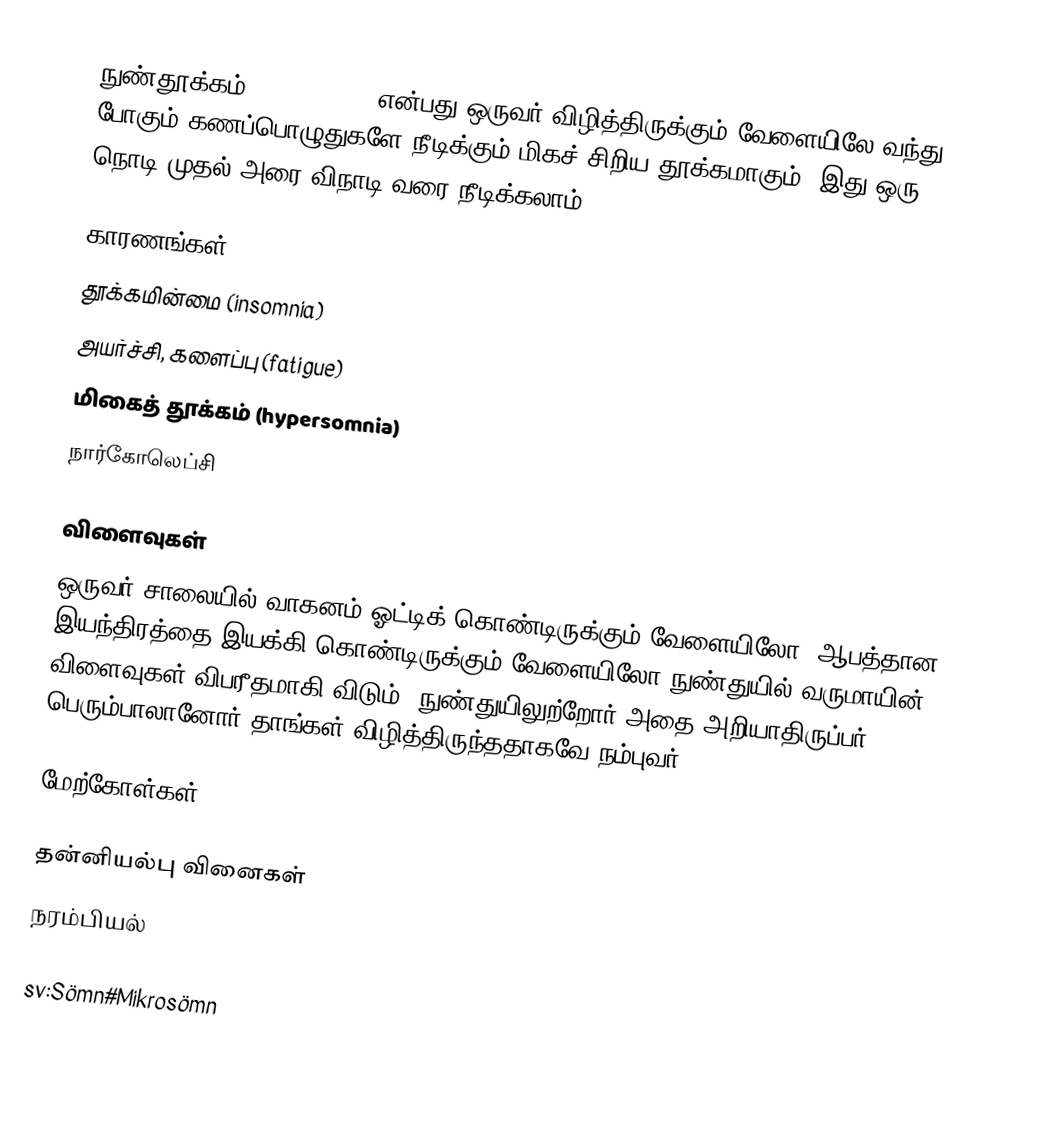
நுண்தூக்கம் (microsleep) என்பது ஒருவர் விழித்திருக்கும் வேளையிலே வந்து போகும் கணப்பொழுதுகளே நீடிக்கும் மிகச் சிறிய தூக்கமாகும்.  இது ஒரு நொடி முதல் அரை விநாடி வரை நீடிக்கலாம்.

காரணங்கள்
 தூக்கமின்மை (insomnia)
 அயர்ச்சி, களைப்பு (fatigue)
 மிகைத் தூக்கம் (hypersomnia)
 நார்கோலெப்சி

விளைவுகள்
ஒருவர் சாலையில் வாகனம் ஓட்டிக் கொண்டிருக்கும் வேளையிலோ, ஆபத்தான இயந்திரத்தை இயக்கி கொண்டிருக்கும் வேளையிலோ நுண்துயில் வருமாயின் விளைவுகள் விபரீதமாகி விடும். நுண்துயிலுற்றோர் அதை அறியாதிருப்பர். பெரும்பாலானோர் தாங்கள் விழித்திருந்ததாகவே நம்புவர்.

மேற்கோள்கள்

தன்னியல்பு வினைகள்
நரம்பியல்

sv:Sömn#Mikrosömn